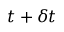
t + \delta t